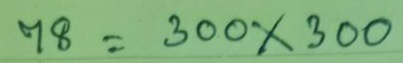
78 = 300 x 300